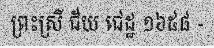
ព្រះស្រី ជ័យ ជេដ្ឋ ១៦៥៨ -